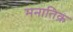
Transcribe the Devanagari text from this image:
मनातिक़